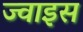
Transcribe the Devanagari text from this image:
ज्वाइस